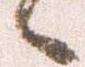
候